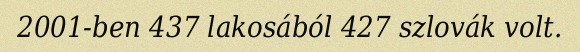
2001-ben 437 lakosából 427 szlovák volt.